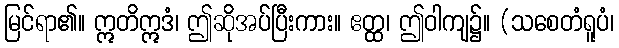
မြင်ရာ၏။ ဣတိဣဒံ၊ ဤဆိုအပ်ပြီးကား။ ဧတ္ထ၊ ဤဝါကျ၌။ (သစေတံရူပံ၊